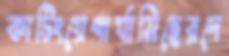
কাটিংয়েপার্যামিছেরদে